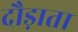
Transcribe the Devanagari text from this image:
दौड़ाता